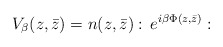
\begin{align*}V_{\beta }(z,\bar{z})=n(z,\bar{z}):\, e^{i\beta \Phi (z,\bar{z})}:\end{align*}